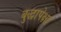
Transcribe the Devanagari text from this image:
बुद्धापेक्षा